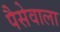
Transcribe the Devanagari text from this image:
पैसेवाला